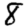
Digit: 8